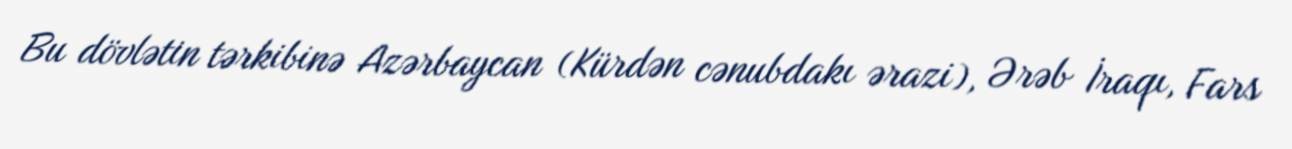
Bu dövlətin tərkibinə Azərbaycan (Kürdən cənubdakı ərazi), Ərəb İraqı, Fars